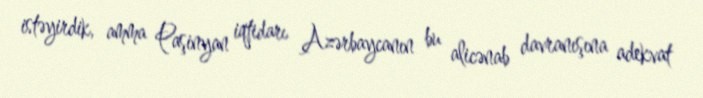
istəyirdik, amma Paşinyan iqtidarı Azərbaycanın bu alicənab davranışına adekvat